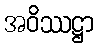
အဝိဿဋ္ဌာ